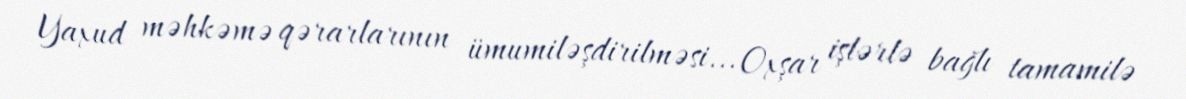
Yaxud məhkəmə qərarlarının ümumiləşdirilməsi... Oxşar işlərlə bağlı tamamilə